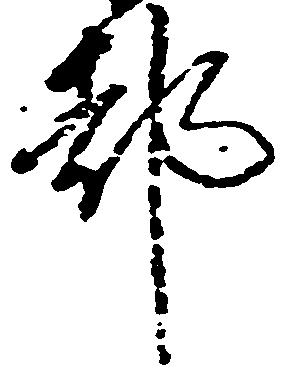
都